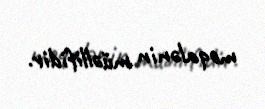
məqalənin müəllifidir.